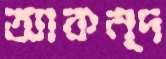
আকন্দ